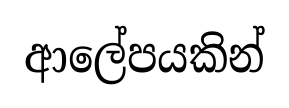
ආලේපයකින්